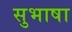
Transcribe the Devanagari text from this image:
सुभाषा